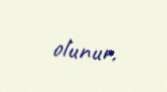
olunur.